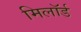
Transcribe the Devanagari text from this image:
मिलॉर्ड